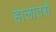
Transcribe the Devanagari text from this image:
हालातसे